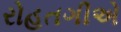
રોહતગીએ